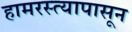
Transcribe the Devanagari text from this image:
हामरस्त्यापासून